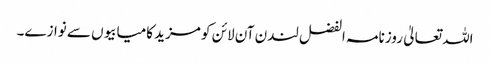
اللہ تعالیٰ روزنامہ الفضل لندن آن لائن کو مزید کامیابیوں سے نوازے۔